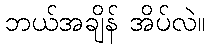
ဘယ်အချိန် အိပ်လဲ။